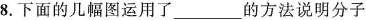
8.下面的几幅图运用了___的方法说明分子